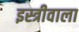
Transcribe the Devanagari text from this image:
इस्त्रीवाला